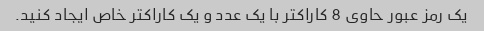
یک رمز عبور حاوی 8 کاراکتر با یک عدد و یک کاراکتر خاص ایجاد کنید.